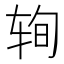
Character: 𰺆